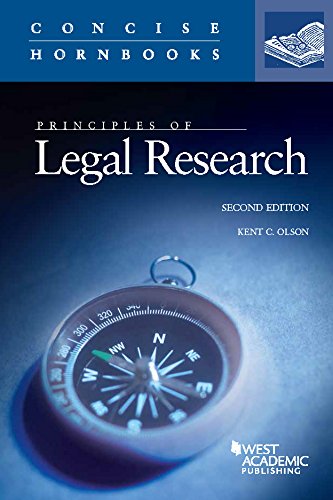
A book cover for Principles of Legal Research (Concise Hornbook Series); Kent Olson; Law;